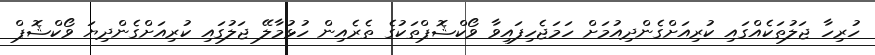
ހުރިހާ ޖަލުތަކެއްގައި ކުރިއަށްގެންދިއުމަށް ހަމަޖެހިފައިވާ ވޯކްޝޮޕްތަކުގެ ތެރެއިން ހުޅުމާލޭ ޖަލުގައި ކުރިއަށްގެންދިޔަ ވޯކްޝޮޕް